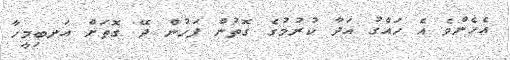
އެހެންވެ އެ ހައްގު އަދާ ކުރުމުގެ ގޮތުން ފަހުން ދޭ ގޮތަށް އަނބިމީހާ